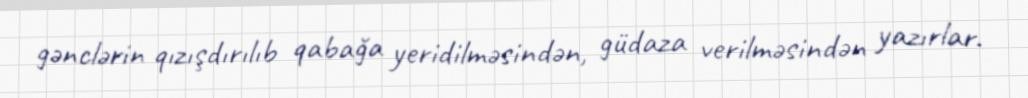
gənclərin qızışdırılıb qabağa yeridilməsindən, güdaza verilməsindən yazırlar.